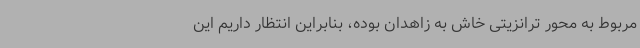
مربوط به محور ترانزیتی خاش به زاهدان بوده، بنابراین انتظار داریم این